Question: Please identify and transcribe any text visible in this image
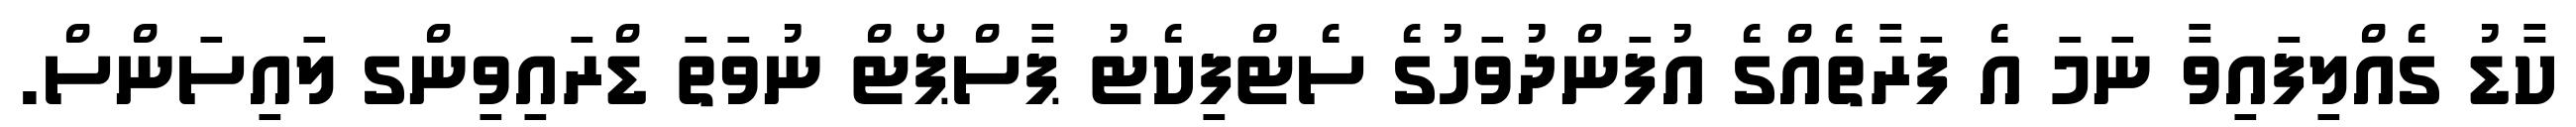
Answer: ކާޑު ގެއްލިފައިވާ ނަމަ އެ ފަރާތެއްގެ އުފަންދުވަހުގެ ސެޓްފިކެޓު ޕާސްޕޯޓް ނުވަތަ ޑްރައިވިންގ ލައިސަންސް.